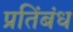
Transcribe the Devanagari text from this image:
प्रतिंबंध